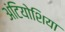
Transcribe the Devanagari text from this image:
अंटियोशिया